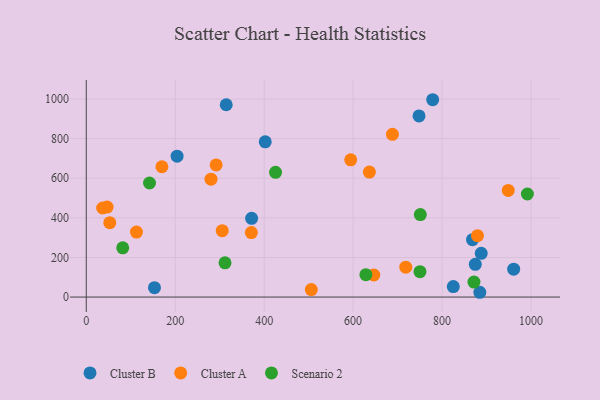
{"axis": {"x": "Distance", "y": "Sales"}, "legend": ["Cluster A", "Cluster B", "Scenario 2"], "data": [{"x": "884.9", "y": 24.2, "type": "Cluster B"}, {"x": "371.8", "y": 397.5, "type": "Cluster B"}, {"x": "778.9", "y": 996.1, "type": "Cluster B"}, {"x": "888.0", "y": 221.0, "type": "Cluster B"}, {"x": "153.4", "y": 47.2, "type": "Cluster B"}, {"x": "314.7", "y": 970.8, "type": "Cluster B"}, {"x": "961.0", "y": 140.9, "type": "Cluster B"}, {"x": "402.4", "y": 783.6, "type": "Cluster B"}, {"x": "825.2", "y": 52.9, "type": "Cluster B"}, {"x": "868.4", "y": 289.5, "type": "Cluster B"}, {"x": "204.2", "y": 711.2, "type": "Cluster B"}, {"x": "874.7", "y": 165.5, "type": "Cluster B"}, {"x": "748.2", "y": 914.1, "type": "Cluster B"}, {"x": "36.8", "y": 449.7, "type": "Cluster A"}, {"x": "506.0", "y": 37.6, "type": "Cluster A"}, {"x": "688.4", "y": 821.7, "type": "Cluster A"}, {"x": "280.5", "y": 595.3, "type": "Cluster A"}, {"x": "112.9", "y": 328.1, "type": "Cluster A"}, {"x": "636.6", "y": 630.7, "type": "Cluster A"}, {"x": "305.7", "y": 334.9, "type": "Cluster A"}, {"x": "718.4", "y": 151.0, "type": "Cluster A"}, {"x": "879.6", "y": 309.7, "type": "Cluster A"}, {"x": "646.6", "y": 111.3, "type": "Cluster A"}, {"x": "594.6", "y": 692.5, "type": "Cluster A"}, {"x": "371.2", "y": 325.6, "type": "Cluster A"}, {"x": "46.9", "y": 454.0, "type": "Cluster A"}, {"x": "292.0", "y": 667.0, "type": "Cluster A"}, {"x": "948.8", "y": 538.2, "type": "Cluster A"}, {"x": "52.9", "y": 375.5, "type": "Cluster A"}, {"x": "170.1", "y": 657.7, "type": "Cluster A"}, {"x": "628.7", "y": 113.0, "type": "Scenario 2"}, {"x": "750.3", "y": 128.2, "type": "Scenario 2"}, {"x": "871.7", "y": 75.8, "type": "Scenario 2"}, {"x": "425.6", "y": 629.5, "type": "Scenario 2"}, {"x": "312.0", "y": 172.9, "type": "Scenario 2"}, {"x": "142.2", "y": 575.8, "type": "Scenario 2"}, {"x": "991.8", "y": 520.3, "type": "Scenario 2"}, {"x": "82.0", "y": 248.6, "type": "Scenario 2"}, {"x": "751.1", "y": 416.6, "type": "Scenario 2"}]}